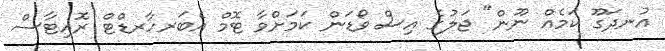
އުނދަގޫ ކަމެއް ނޫން" ޖަލުގެ އިސް ވޯޑަން ކަމަށްވާ ޓޮމް އެބަރހާރޑްޓް ރޮއިޓާސް